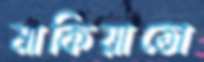
মাকিয়াতো